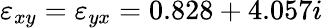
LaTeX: \varepsilon_{xy}=\varepsilon_{yx}=0.828+4.057i